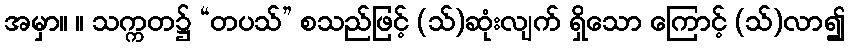
အမှာ။ ။ သက္ကတ၌ “တပသ်” စသည်ဖြင့် (သ်)ဆုံးလျက် ရှိသော ကြောင့် (သ်)လာ၍